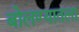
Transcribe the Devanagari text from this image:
बोलण्यातला